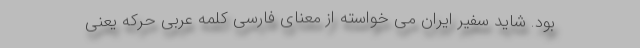
بود. شاید سفیر ایران می خواسته از معنای فارسی کلمه عربی حرکه یعنی